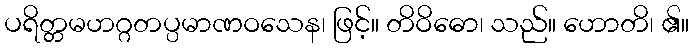
ပရိတ္တမဟဂ္ဂတပ္ပမာဏဝသေန၊ ဖြင့်။ တိဝိဓော၊ သည်။ ဟောတိ၊ ၏။